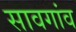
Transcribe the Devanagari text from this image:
सावगांव